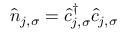
\hat { n } _ { j , \sigma } = \hat { c } _ { j , \sigma } ^ { \dag } \hat { c } _ { j , \sigma }